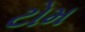
ટોમ